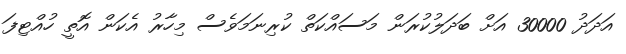
އަދަދު 30000 އަށް ބަދަލުކުރަން މަސައްކަތް ކުރިނަމަވެސް މިހާރު އެކަން އޮތީ ހުއްޓިފަ